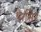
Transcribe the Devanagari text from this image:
थे।सिर